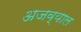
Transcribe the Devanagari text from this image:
अजव्याल